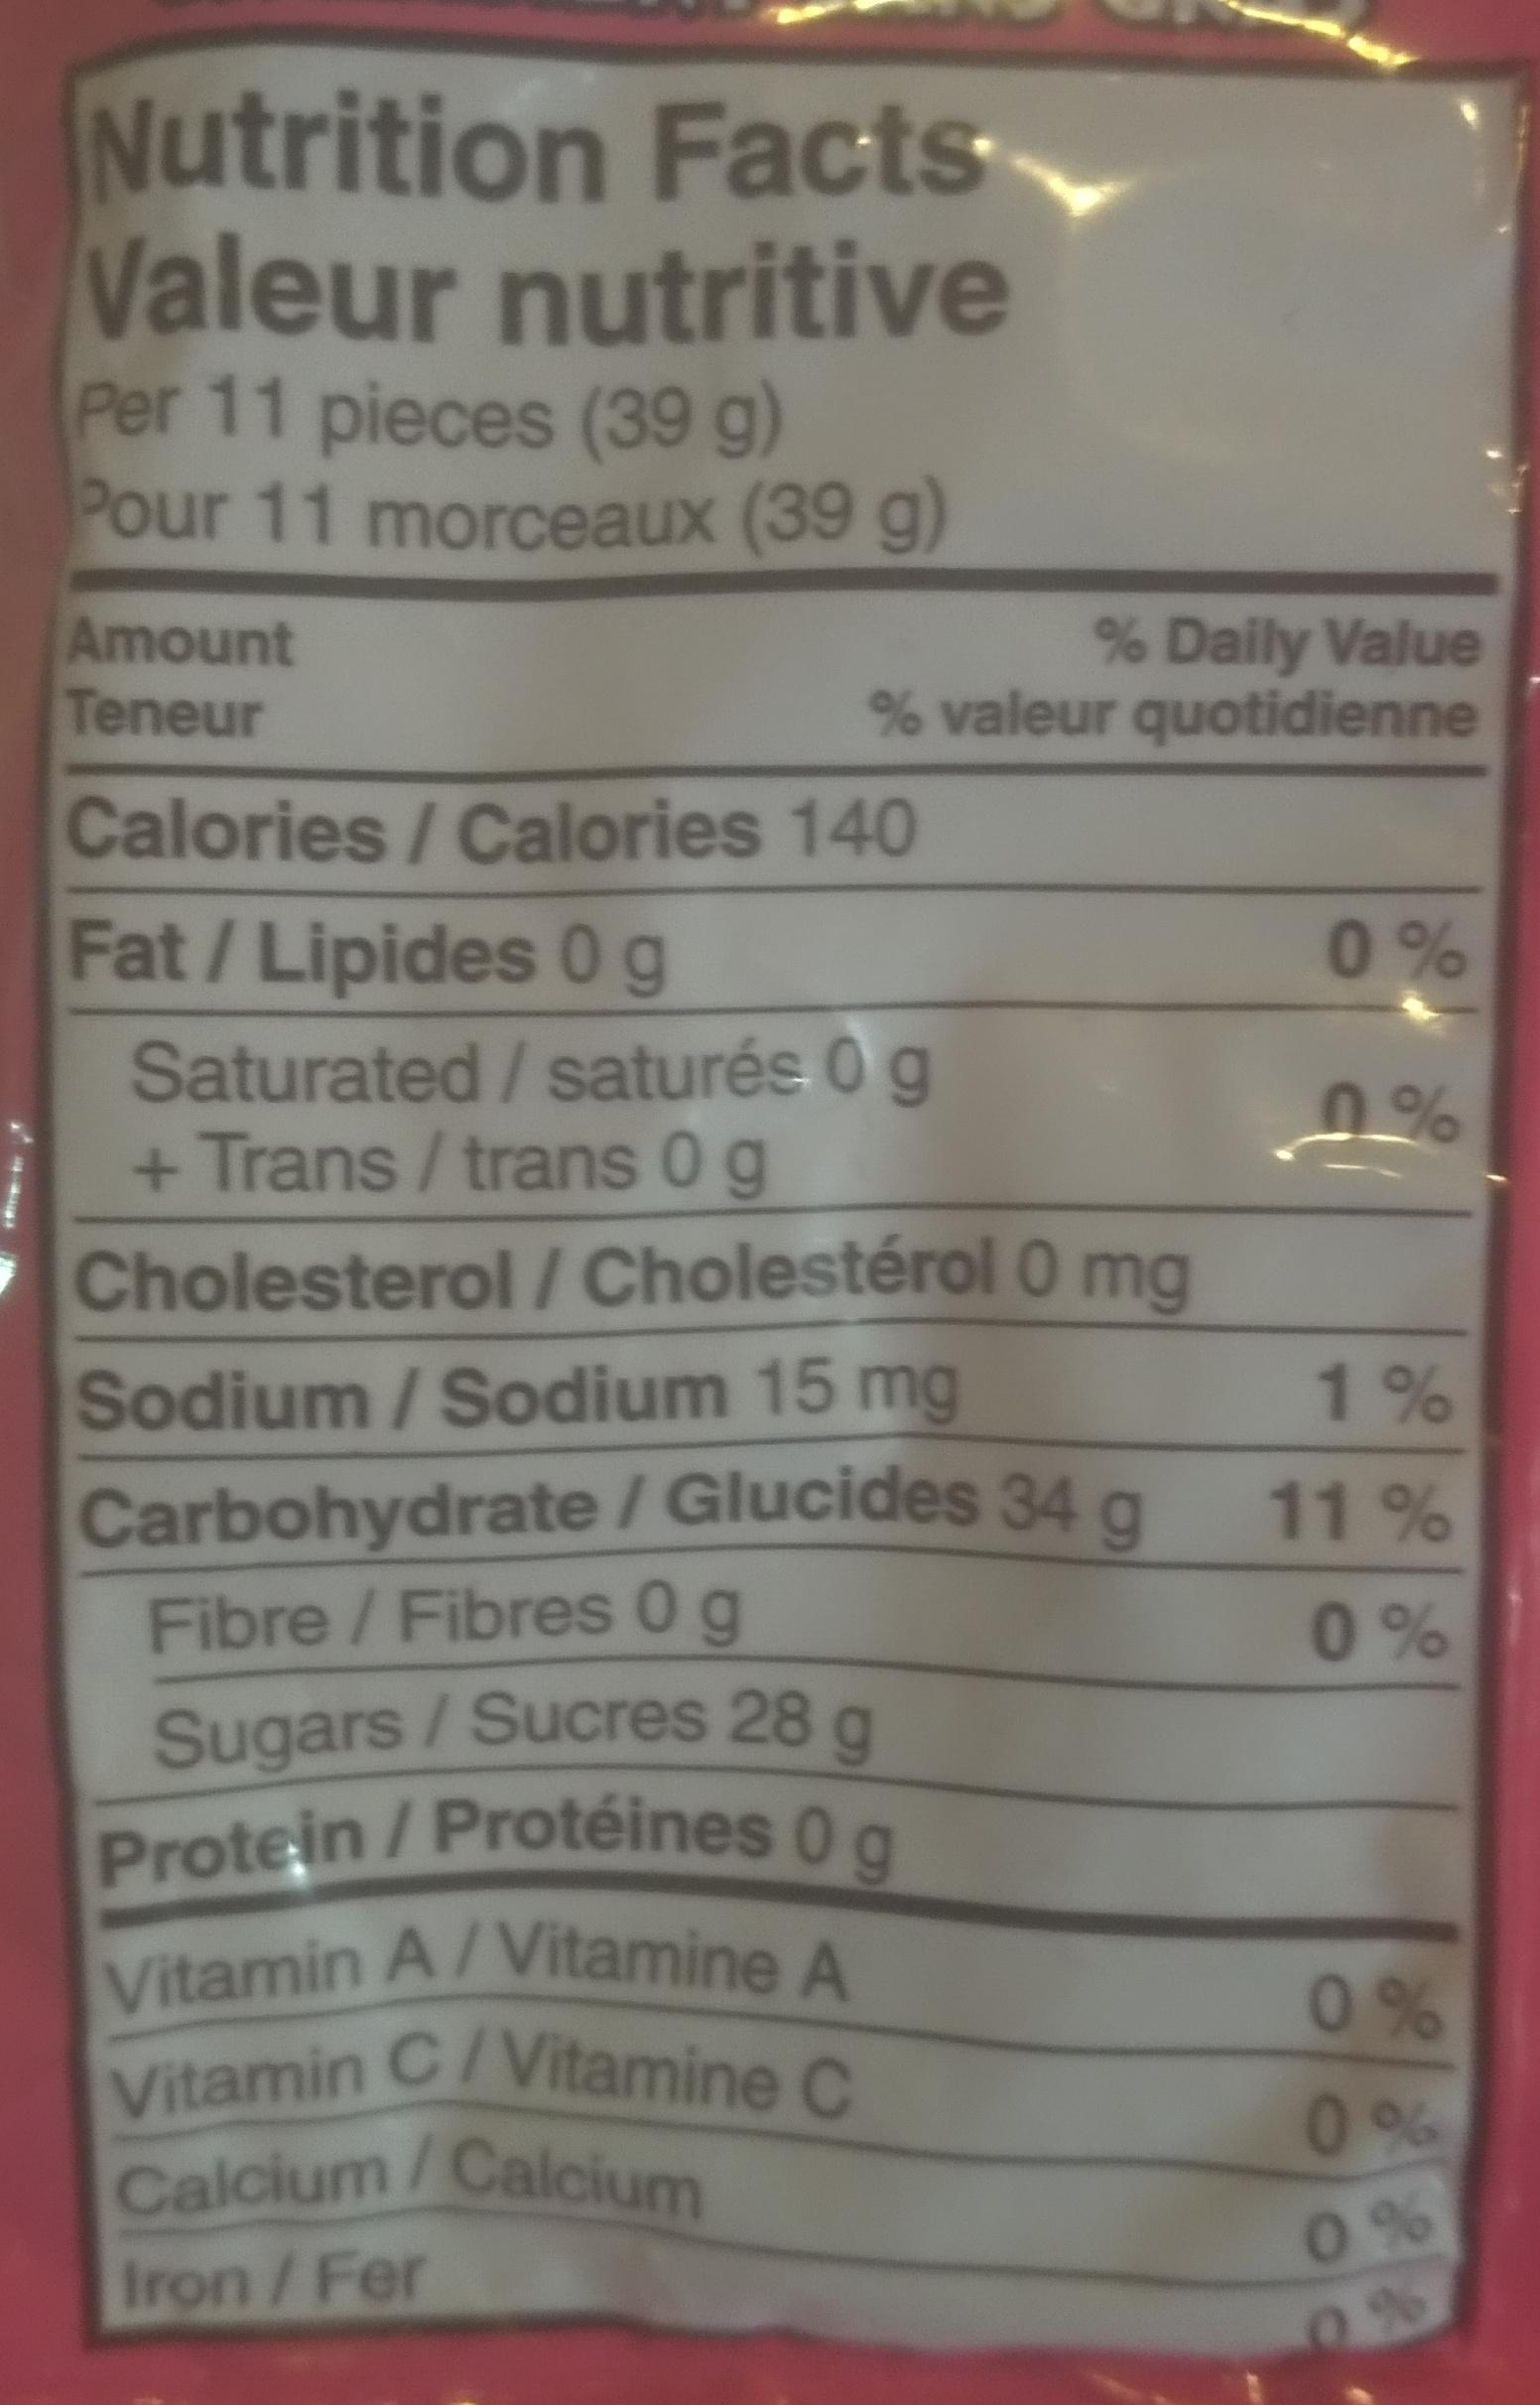
Nutrition Facts Valeur nutritive
Per 11 pieces (39 g) Pour 11 morceaux (39 g)
Amount
Teneur
Calories / Calories 140
Fat/Lipides 0g
% Daily Value % valeur quotidienne
Saturated/saturés 0 g + Trans / trans 0 g
Cholesterol / Cholestérol 0 mg
Sodium/Sodium 15 mg
Carbohydrate / Glucides 34 g Fibre / Fibres 0 g
Sugars / Sucres 28 g Protein / Protéines 0 g
Vitamin A/Vitamine A Vitamin C/Vitamine C
Calcium/Calcium
Iron / Fer
0%
0%
1%
11%
0%
0%
0%
0%
0%